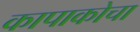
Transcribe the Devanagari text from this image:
कापाकोचा